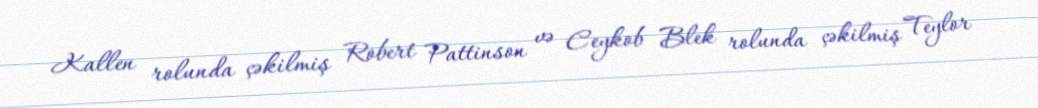
Kallen rolunda çəkilmiş Robert Pattinson və Ceykob Blek rolunda çəkilmiş Teylor